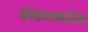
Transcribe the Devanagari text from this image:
कोकणमधील